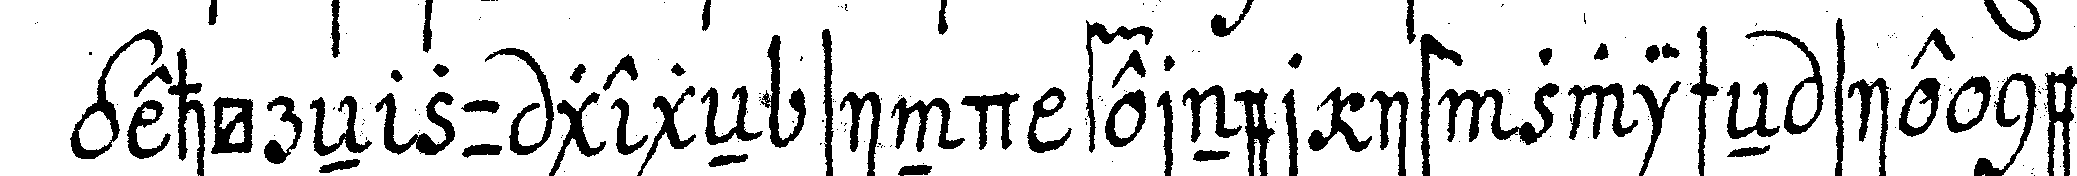
gehöreN zu gegeN sind ferner ist zwischeN sie nem